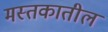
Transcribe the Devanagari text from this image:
मस्तकातील